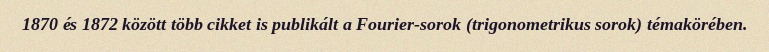
1870 és 1872 között több cikket is publikált a Fourier-sorok (trigonometrikus sorok) témakörében.